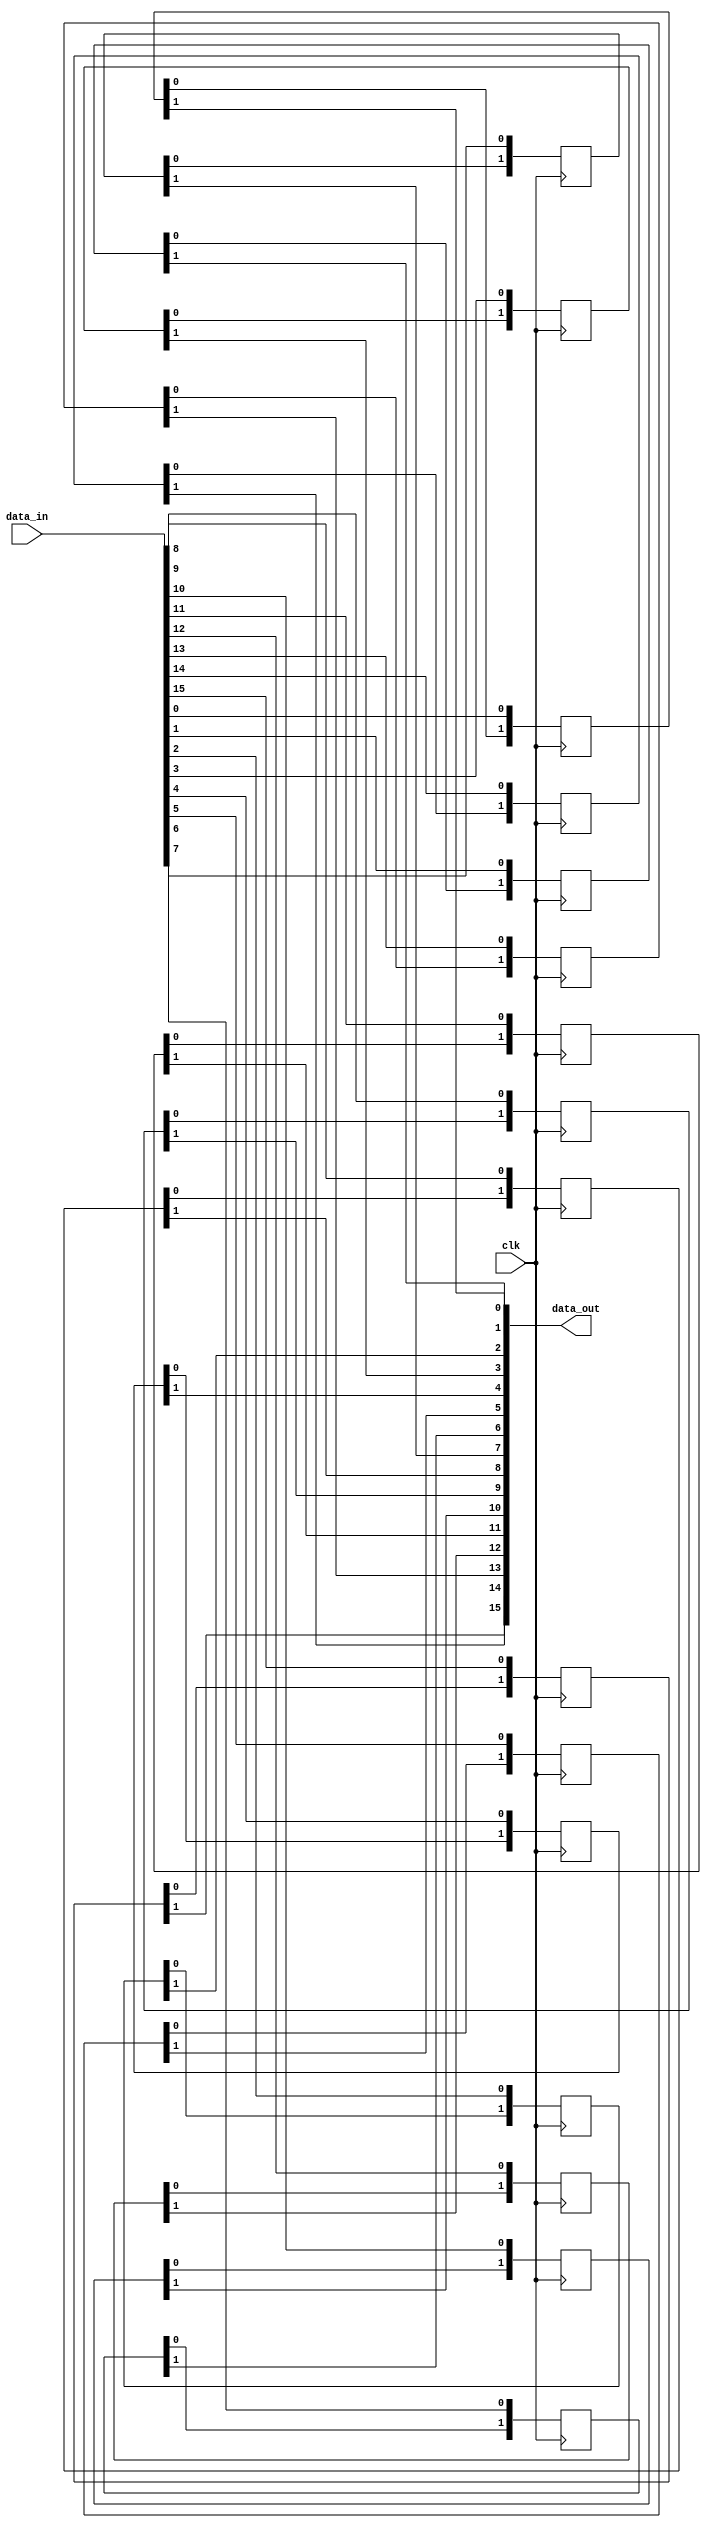
// Shifts data by a fixed depth.
// Optimize in future by finding a way to create 2-d arrays

module shift
(
  input clk,
  input [15:0] data_in,
  output [15:0] data_out
);

// Depth = D = n-k; for now assume n to be 5
parameter D = 2;

// Define holding register for each bit
reg [D-1:0] hr_0; reg [D-1:0] hr_1; reg [D-1:0] hr_2; reg [D-1:0] hr_3;
reg [D-1:0] hr_4; reg [D-1:0] hr_5; reg [D-1:0] hr_6; reg [D-1:0] hr_7;
reg [D-1:0] hr_8; reg [D-1:0] hr_9; reg [D-1:0] hr_10; reg [D-1:0] hr_11;
reg [D-1:0] hr_12; reg [D-1:0] hr_13; reg [D-1:0] hr_14; reg [D-1:0] hr_15;

always @ (posedge clk) begin
  hr_0 [D-1:0] <= {hr_0[D-2:0], data_in[0]};
  hr_1 [D-1:0] <= {hr_1[D-2:0], data_in[1]};
  hr_2 [D-1:0] <= {hr_2[D-2:0], data_in[2]};
  hr_3 [D-1:0] <= {hr_3[D-2:0], data_in[3]};
  hr_4 [D-1:0] <= {hr_4[D-2:0], data_in[4]};
  hr_5 [D-1:0] <= {hr_5[D-2:0], data_in[5]};
  hr_6 [D-1:0] <= {hr_6[D-2:0], data_in[6]};
  hr_7 [D-1:0] <= {hr_7[D-2:0], data_in[7]};
  hr_8 [D-1:0] <= {hr_8[D-2:0], data_in[8]};
  hr_9 [D-1:0] <= {hr_9[D-2:0], data_in[9]};
  hr_10 [D-1:0] <= {hr_10[D-2:0], data_in[10]};
  hr_11 [D-1:0] <= {hr_11[D-2:0], data_in[11]};
  hr_12 [D-1:0] <= {hr_12[D-2:0], data_in[12]};
  hr_13 [D-1:0] <= {hr_13[D-2:0], data_in[13]};
  hr_14 [D-1:0] <= {hr_14[D-2:0], data_in[14]};
  hr_15 [D-1:0] <= {hr_15[D-2:0], data_in[15]};
end

assign data_out[0] = hr_0[D-1]; assign data_out[1] = hr_1[D-1];
assign data_out[2] = hr_2[D-1]; assign data_out[3] = hr_3[D-1];
assign data_out[4] = hr_4[D-1]; assign data_out[5] = hr_5[D-1];
assign data_out[6] = hr_6[D-1]; assign data_out[7] = hr_7[D-1];
assign data_out[8] = hr_8[D-1]; assign data_out[9] = hr_9[D-1];
assign data_out[10] = hr_10[D-1]; assign data_out[11] = hr_11[D-1];
assign data_out[12] = hr_12[D-1]; assign data_out[13] = hr_13[D-1];
assign data_out[14] = hr_14[D-1]; assign data_out[15] = hr_15[D-1];

endmodule